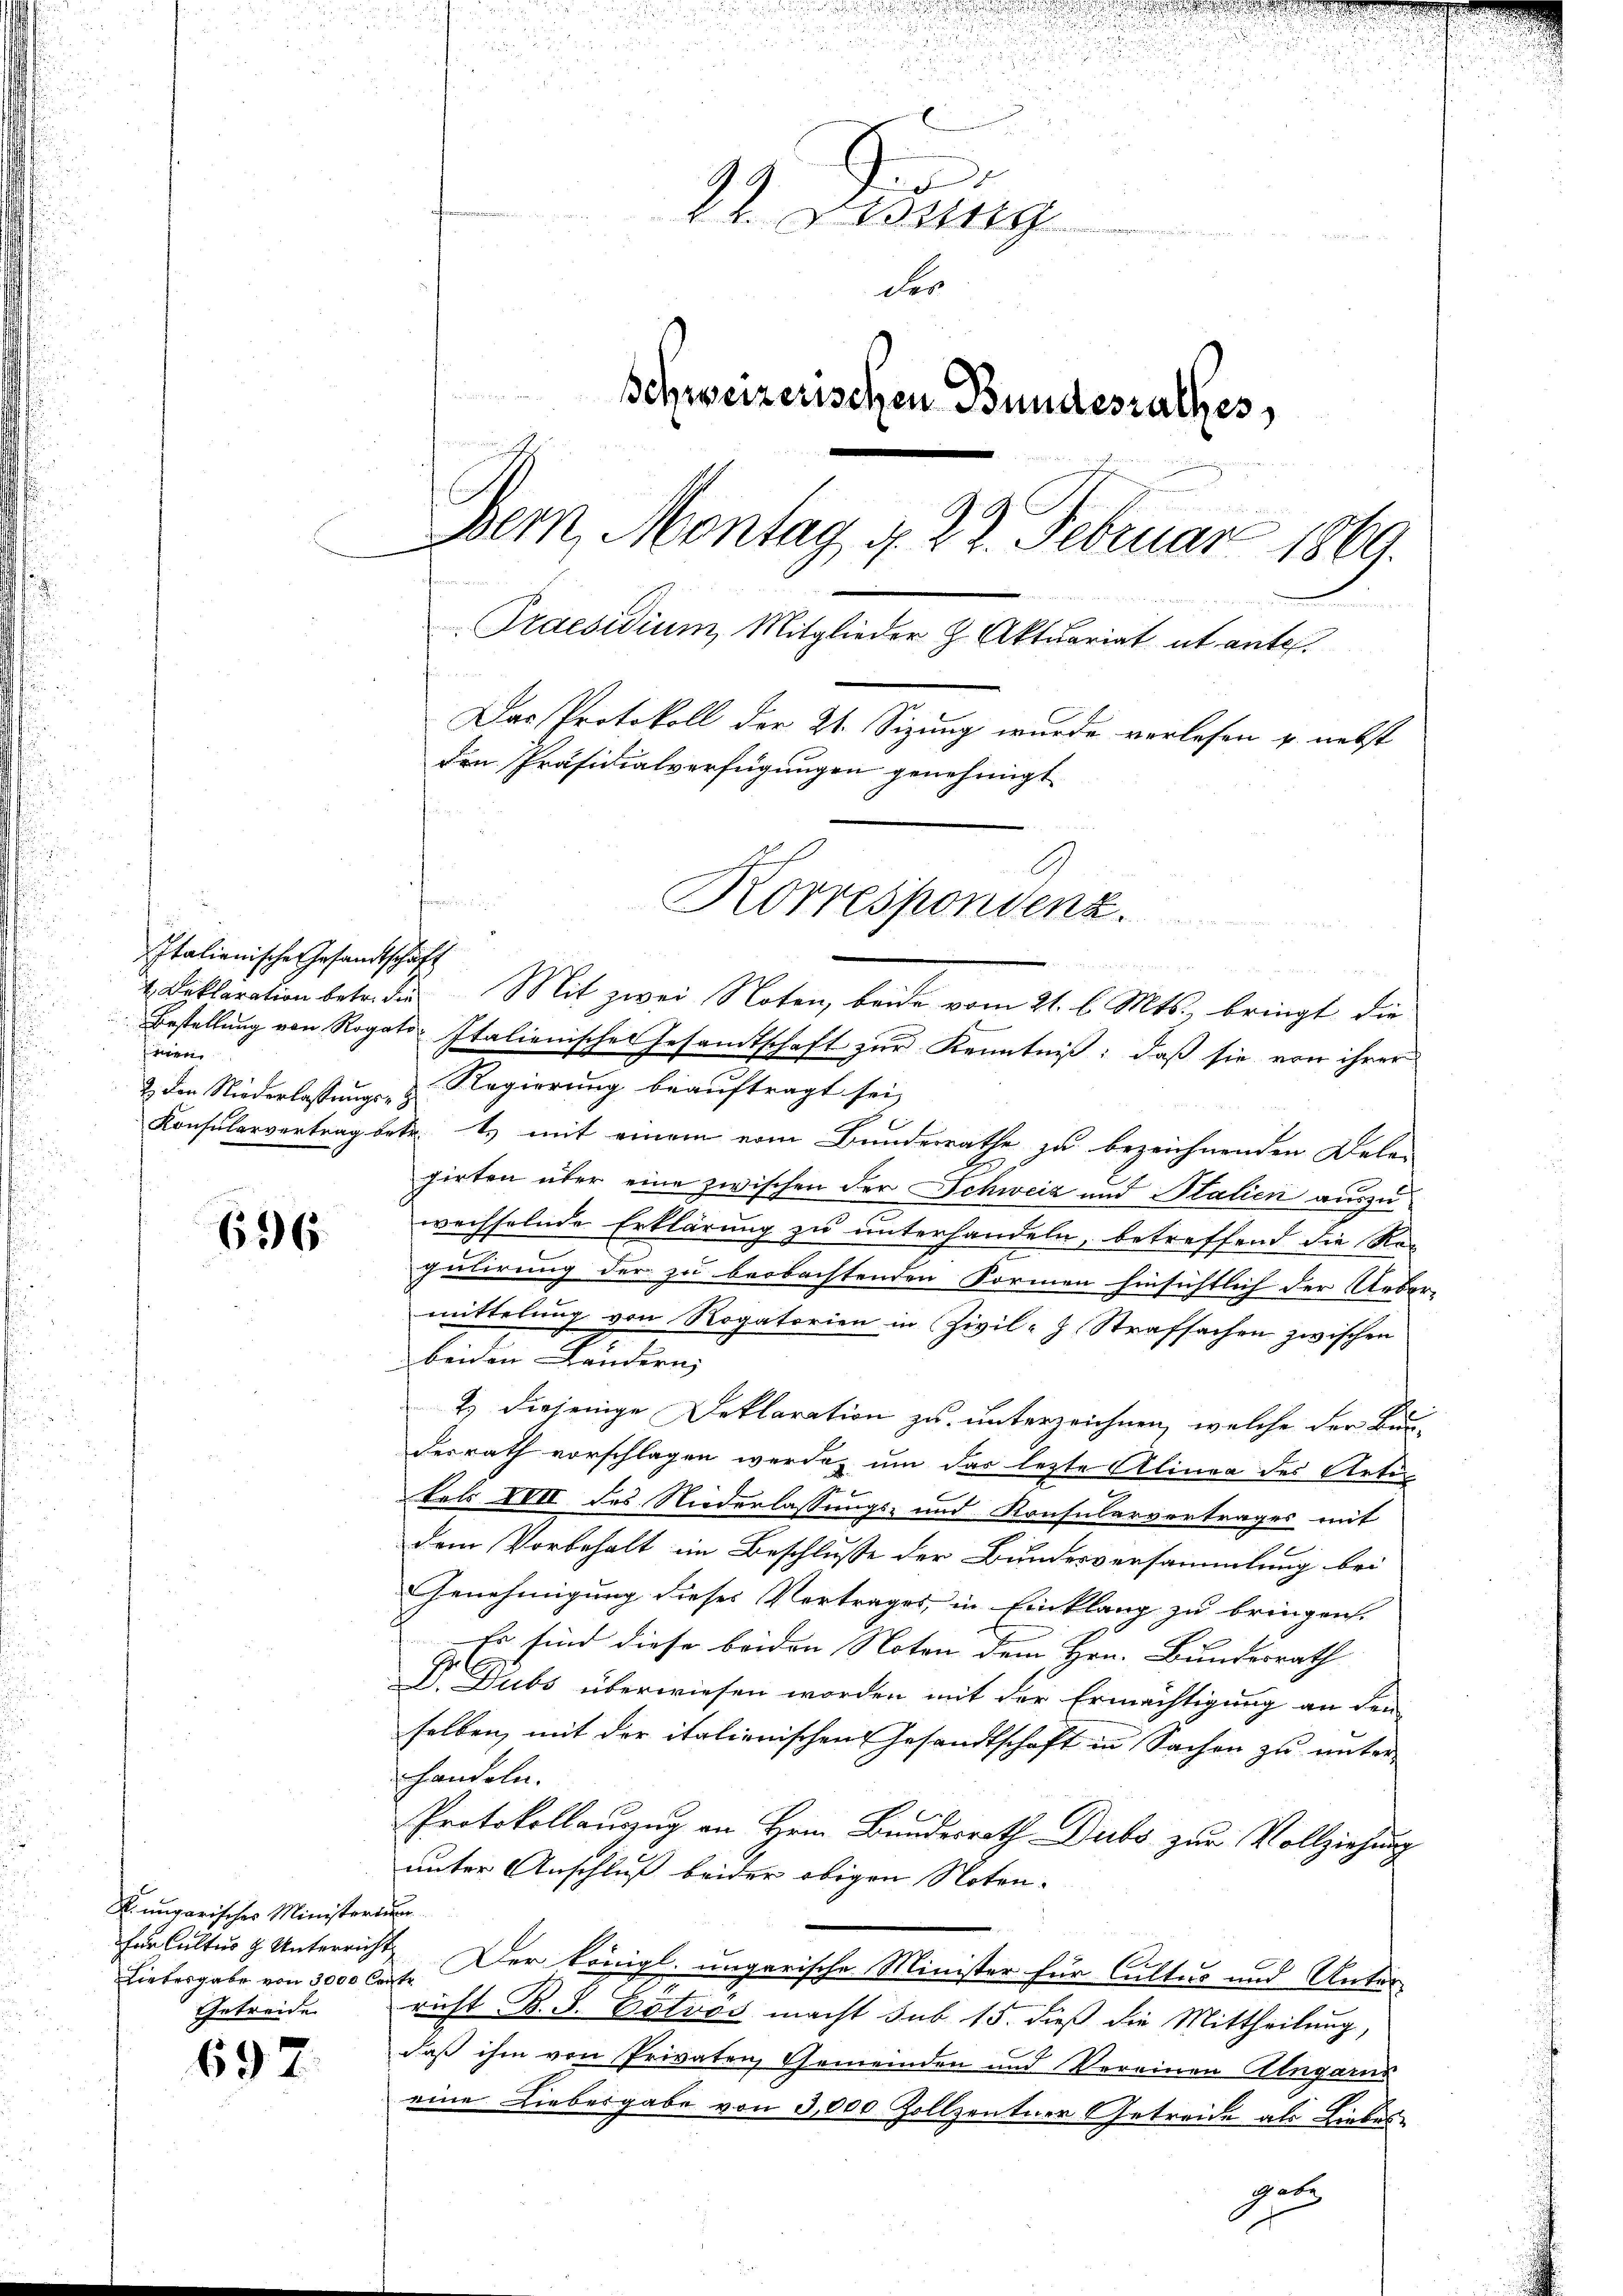
Italienische Gesandtschaft
e
2 den Niederlassungs-

636.

K. ungarisches Ministerium
für Cultus & Unterrich.
Liebesgabe von 3000 Centr
Getreide

697

i
2
d
22. Dessg
e
der
schweizerischen Bundesrathes
Bern, Montag 4. 22. Februar 1869.
Praesidium, Mitglieder H. Aktuariat et ante.
 2 x 2
Das Protokoll der 21. Sizung wurde verlesen u. nebst
den Präsidialverfügungen genehmigt
C
t
Korrespondenz.
d

Deklaration betr. den Mit zwei Noten, beide vom 21. l. Mts., bringt die
Bestellung von Rogato, Italienisches Gesamtschaft zur Kenntniß: daß sie von ihrer
Regierung beauftragt sei,
Konsularvertrag betr. Es mit einem vom Bundesrathe zu bezeichnenden Dele-
girten über eine zwischen der Schweiz und Blalien auszuwechselnde Erklärung zu unterhandeln, betreffend die Reg
gulirung der zu beobachtenden Formen hinsichtlich der Ueber-
mittelung von Rogatorien in Zivil- Strafsachen zwischen
beiden Brudern,
2.) Diejenige Deklaration zu unterzeichnen, welche der Bunderrath vorschlagen werden um das lezte Alinea des Arten
u.
kels XVII des Niederlassungs- und Konsularvertrages mit
dem Vorbehalt im Beschlusse der Bundesversammlung bei
Genehmigung dieses Vertrages, in Einklang zu bringen.
Es sind diese beiden Noten dem Hrn. Bundesrath
Dr. Dubs überwiesen worden mit der Ermächtigung an den
selben, mit der italienischen Gesandtschaft in Sachen zu unter
handeln.
Protokollauszug an Hrn. Bundesrath Dubs zur Vollziehung
unter Anschluß beider obigen Noten.
7. Der Königl. ungarische Minister für Cultus und Unter-
richt B. S. Patros macht sub 15. dieß die Mittheilung,
daß ihm von Privaten Gemeinden und Vereinen Angarns
eine Liebesgabe von 3,000 Zollzentner Getreide als Liebes
gete